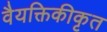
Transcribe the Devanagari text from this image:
वैयक्तिकीकृत